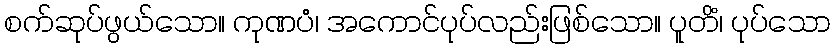
စက်ဆုပ်ဖွယ်သော။ ကုဏပံ၊ အကောင်ပုပ်လည်းဖြစ်သော။ ပူတိံ၊ ပုပ်သော